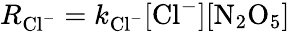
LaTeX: R_{\mathrm{Cl}^{-}}=k_{\mathrm{Cl}^{-}}[\mathrm{Cl}^{-}][\mathrm{N}_{2}\mathrm{O}_{5}]